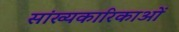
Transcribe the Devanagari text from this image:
सांख्यकारिकाओं